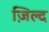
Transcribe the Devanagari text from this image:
ज़िल्द